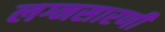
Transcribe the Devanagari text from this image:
लग्नसारणी